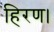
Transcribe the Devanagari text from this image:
हिरण।